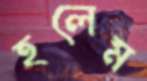
হলেম